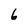
Character: 6